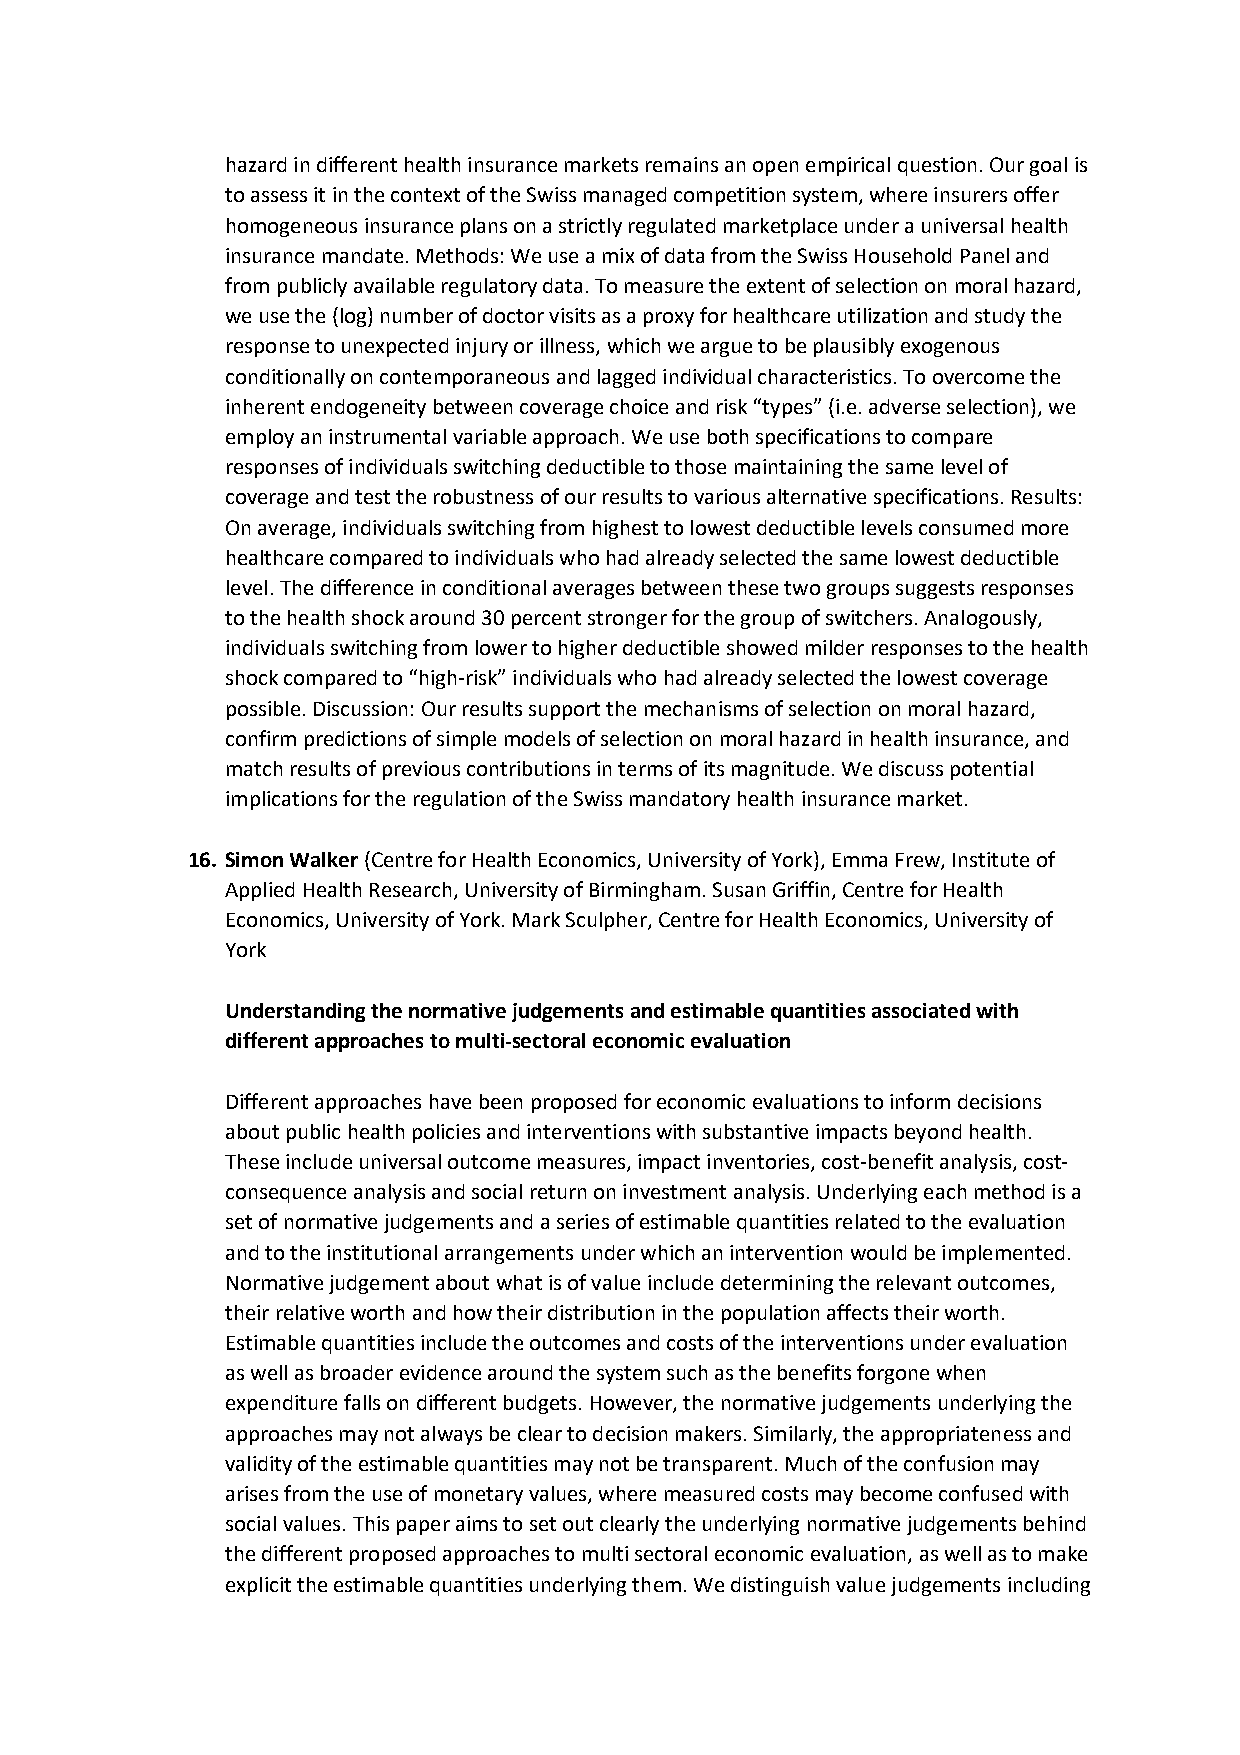
hazard in different health insurance markets remains an open empirical question. Our goal is
 to assess it in the context of the Swiss managed competition system, where insurers offer
 homogeneous insurance plans on a strictly regulated marketplace under a universal health
 insurance mandate. Methods: We use a mix of data from the Swiss Household Panel and
 from publicly available regulatory data. To measure the extent of selection on moral hazard,
 we use the (log) number of doctor visits as a proxy for healthcare utilization and study the
 response to unexpected injury or illness, which we argue to be plausibly exogenous
 conditionally on contemporaneous and lagged individual characteristics. To overcome the
 inherent endogeneity between coverage choice and risk “types” (i.e. adverse selection), we
 employ an instrumental variable approach. We use both specifications to compare
 responses of individuals switching deductible to those maintaining the same level of
 coverage and test the robustness of our results to various alternative specifications. Results:
 On average, individuals switching from highest to lowest deductible levels consumed more
 healthcare compared to individuals who had already selected the same lowest deductible
 level. The difference in conditional averages between these two groups suggests responses
 to the health shock around 30 percent stronger for the group of switchers. Analogously,
 individuals switching from lower to higher deductible showed milder responses to the health
 shock compared to “high-risk” individuals who had already selected the lowest coverage
 possible. Discussion: Our results support the mechanisms of selection on moral hazard,
 confirm predictions of simple models of selection on moral hazard in health insurance, and
 match results of previous contributions in terms of its magnitude. We discuss potential
 implications for the regulation of the Swiss mandatory health insurance market.
 16. Simon Walker (Centre for Health Economics, University of York), Emma Frew, Institute of
 Applied Health Research, University of Birmingham. Susan Griffin, Centre for Health
 Economics, University of York. Mark Sculpher, Centre for Health Economics, University of
 York
 Understanding the normative judgements and estimable quantities associated with
 different approaches to multi-sectoral economic evaluation
 Different approaches have been proposed for economic evaluations to inform decisions
 about public health policies and interventions with substantive impacts beyond health.
 These include universal outcome measures, impact inventories, cost-benefit analysis, cost-
 consequence analysis and social return on investment analysis. Underlying each method is a
 set of normative judgements and a series of estimable quantities related to the evaluation
 and to the institutional arrangements under which an intervention would be implemented.
 Normative judgement about what is of value include determining the relevant outcomes,
 their relative worth and how their distribution in the population affects their worth.
 Estimable quantities include the outcomes and costs of the interventions under evaluation
 as well as broader evidence around the system such as the benefits forgone when
 expenditure falls on different budgets. However, the normative judgements underlying the
 approaches may not always be clear to decision makers. Similarly, the appropriateness and
 validity of the estimable quantities may not be transparent. Much of the confusion may
 arises from the use of monetary values, where measured costs may become confused with
 social values. This paper aims to set out clearly the underlying normative judgements behind
 the different proposed approaches to multi sectoral economic evaluation, as well as to make
 explicit the estimable quantities underlying them. We distinguish value judgements including